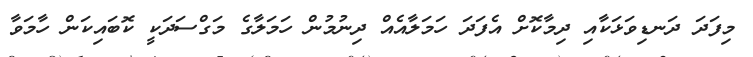
މިފަދަ ދަނޑިވަޅަކާއި ދިމާކޮށް އެފަދަ ހަމަލާއެއް ދިނުމުން ހަމަލާގެ މަގްސަދަކީ ކޮބައިކަން ހާމަވާ